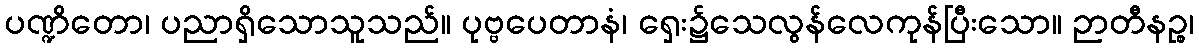
ပဏ္ဍိတော၊ ပညာရှိသောသူသည်။ ပုဗ္ဗပေတာနံ၊ ရှေး၌သေလွန်လေကုန်ပြီးသော။ ဉာတီနဉ္စ၊